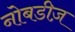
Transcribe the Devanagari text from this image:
नोबडीज़